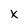
Character: X